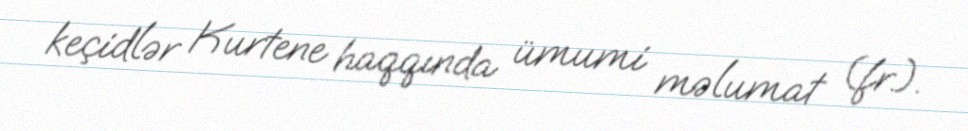
keçidlər Kurtene haqqında ümumi məlumat (fr.).